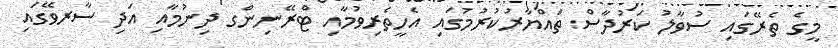
މީގެ ތެރޭގައި ސުވާލު ކަރުދާސް ތައްޔާރުކުރުމުގައި އެހީތެރިވުމާއި ޓްރޭނިންގ ދިނުމާއި އަދި ސާރވޭގައި